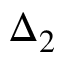
\Delta _ { 2 }